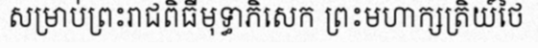
សម្រាប់ព្រះរាជពិធីមុទ្ធាភិសេក ព្រះមហាក្សត្រិយ៍ថៃ